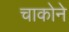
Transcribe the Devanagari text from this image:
चाकोने